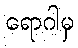
ရောဂါမှ